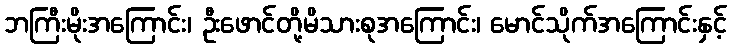
ဘကြီးမိုးအကြောင်း၊ ဦးဖောင်တို့မိသားစုအကြောင်း၊ မောင်သိုက်အကြောင်းနှင့်